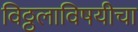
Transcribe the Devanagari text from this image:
विठ्ठलाविषयीचा